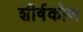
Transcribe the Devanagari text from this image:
शीर्षकोण